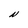
Character: N